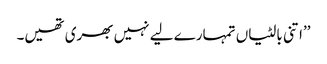
’’اتنی بالٹیاں تمہارے لیے نہیں بھری تھیں۔